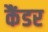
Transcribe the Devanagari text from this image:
कैंडर